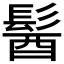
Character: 𩭓